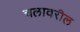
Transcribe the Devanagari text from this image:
चलावरील